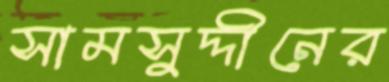
সামসুদ্দীনের